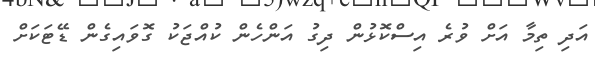
އަދި ތިމާ އަށް ވުރެ އިސްކޮޅުން ދިގު އަންހެން ކުއްޖަކު ގޮވައިގެން ޑޭޓަކަށް